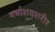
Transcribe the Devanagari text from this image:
गर्भाशयशरीर